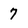
Character: 7